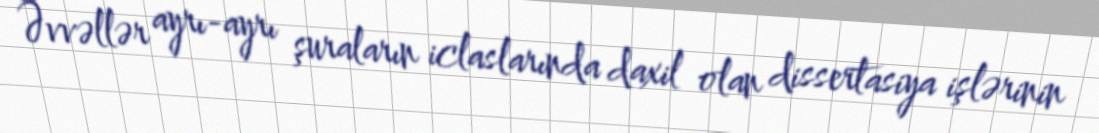
Əvvəllər ayrı-ayrı şuraların iclaslarında daxil olan dissertasiya işlərinin